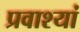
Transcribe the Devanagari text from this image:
प्रवाश्यां